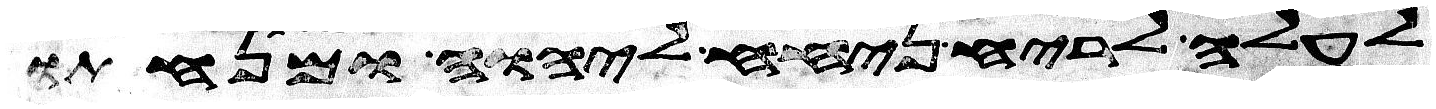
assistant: לעלה לריח ניחח ליהוה ומנחתו